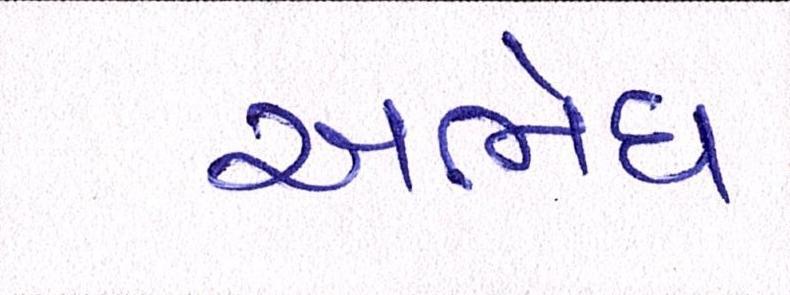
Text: અભેધ